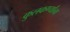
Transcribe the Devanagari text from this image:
कुलकर्ण्यांना